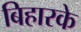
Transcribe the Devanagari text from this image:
बिहारके